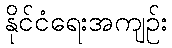
နိုင်ငံရေးအကျဉ်း